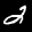
Label: 2